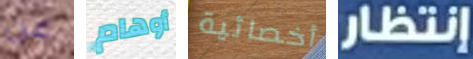
عن أوهام أخصائية إنتظار